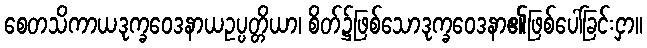
စေတသိကာယဒုက္ခဝေဒနာယဥပ္ပတ္တိယာ၊ စိတ်၌ဖြစ်သောဒုက္ခဝေဒနာ၏ဖြစ်ပေါ်ခြင်းငှာ။